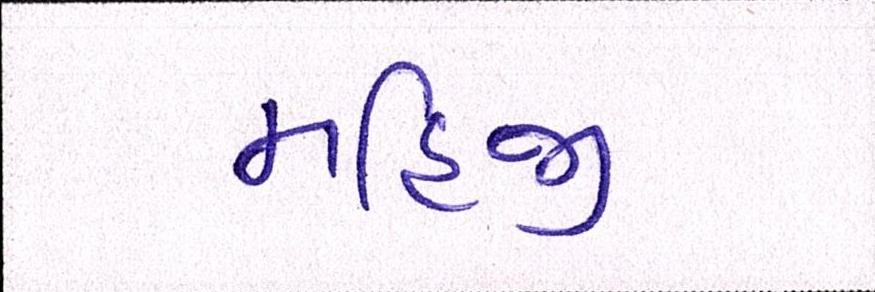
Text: મહિજી